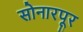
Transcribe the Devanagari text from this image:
सोनारपूर